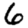
Digit: 6